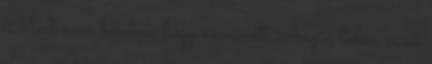
Most nem bánom, hogy nem volt Angie, talán most